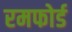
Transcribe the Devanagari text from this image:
रमफोर्ड